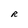
Character: R